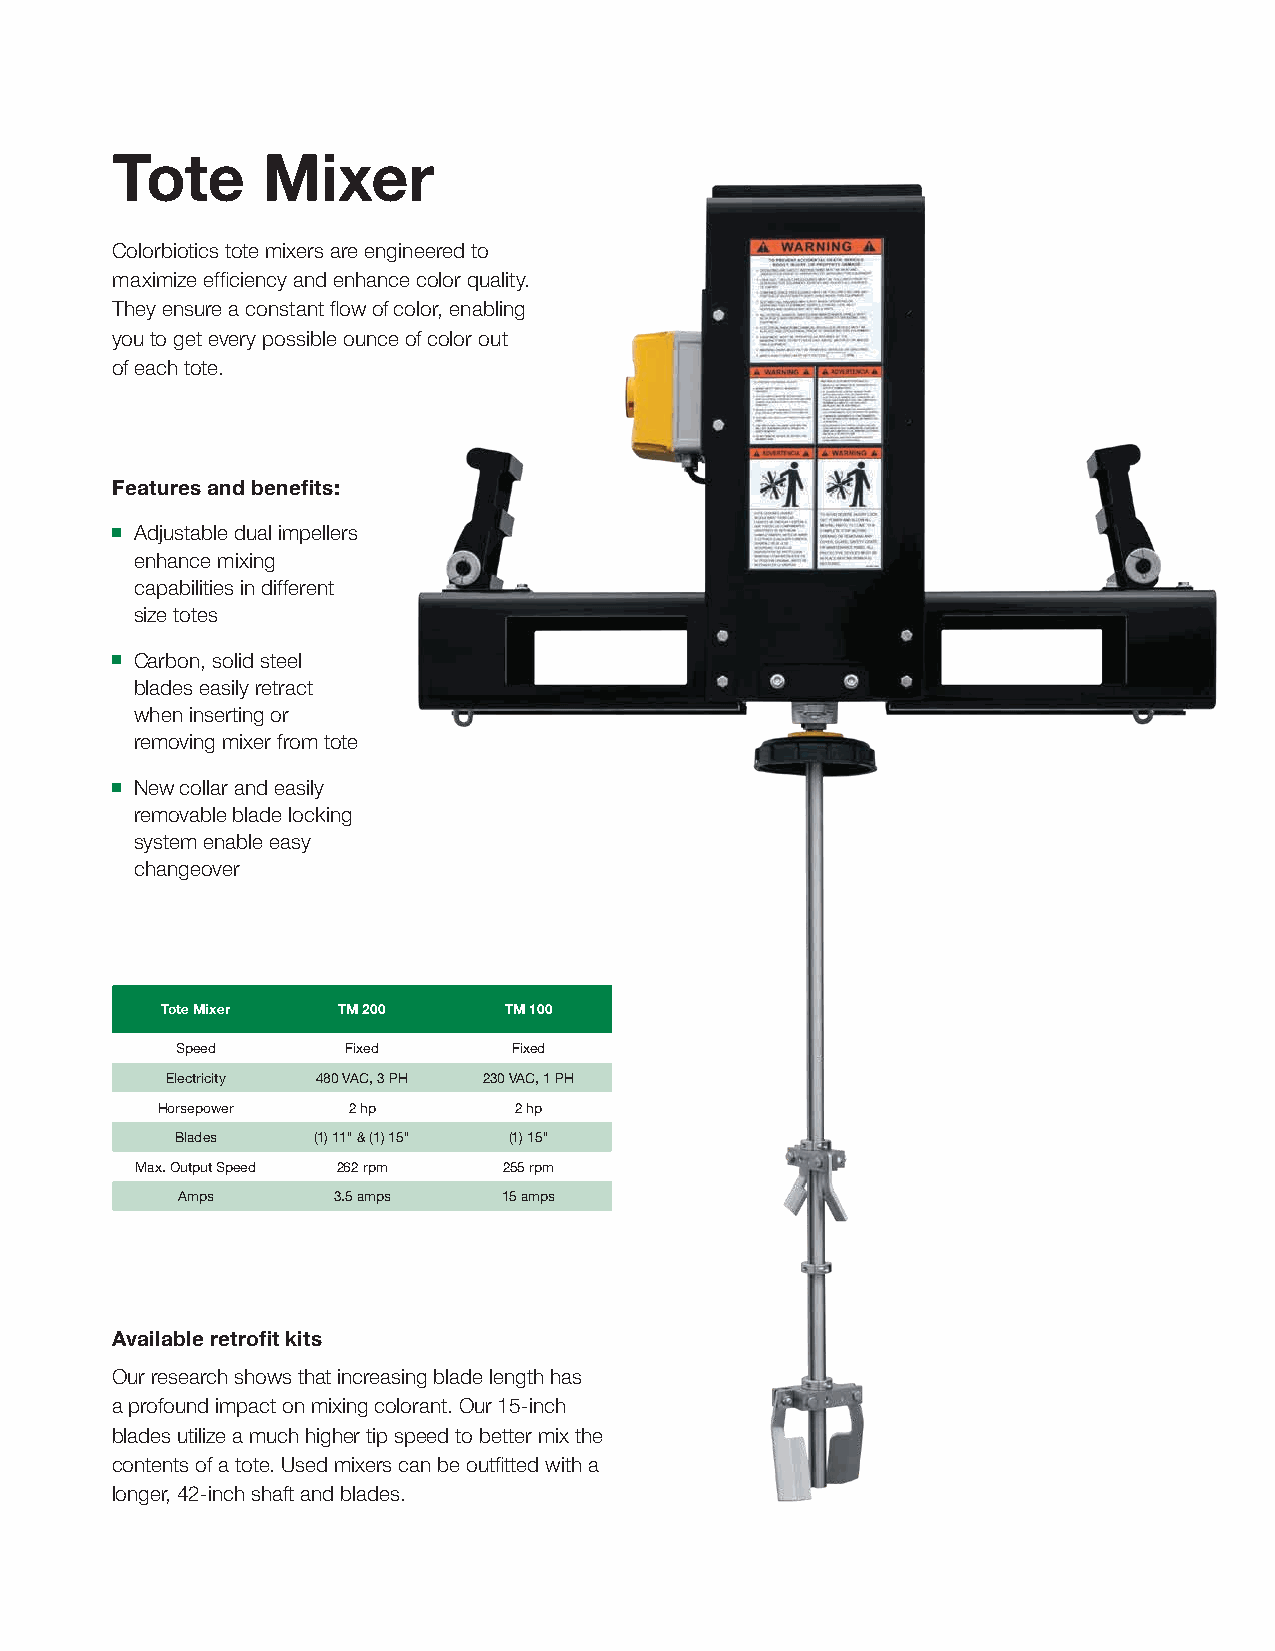
Tote      Mixer
 Colorbiotics tote mixers are engineered to
 maximize efficiency and enhance color quality.
 They ensure a constant flow of color, enabling
 you to get every possible ounce of color out
 of each tote.
 Features and benefits:
 ■ Adjustable dual impellers
 enhance mixing
 capabilities in different
 size totes
 ■ Carbon, solid steel
 blades easily retract
 when inserting or
 removing mixer from tote
 ■ New collar and easily
 removable blade locking
 system enable easy
 changeover
 Tote Mixer TM 200     TM 100
 Speed      Fixed      Fixed
 Electricity 480 VAC, 3 PH 230 VAC, 1 PH
 Horsepower   2 hp       2 hp
 Blades   (1) 11" & (1) 15" (1) 15"
 Max. Output Speed 262 rpm 255 rpm
 Amps      3.5 amps   15 amps
 Available retrofit kits
 Our research shows that increasing blade length has
 a profound impact on mixing colorant. Our 15-inch
 blades utilize a much higher tip speed to better mix the
 contents of a tote. Used mixers can be outfitted with a
 longer, 42-inch shaft and blades.